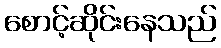
စောင့်ဆိုင်းနေသည်